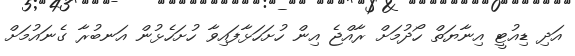
އަދި ޑިއުޓީ އިނާޔަތް ހޯދުމަށް ރާއްޖެ އިން ހުށަހަޅާފައިވާ ހުށަހެޅުން އަނބުރާ ގެނައުމަށް